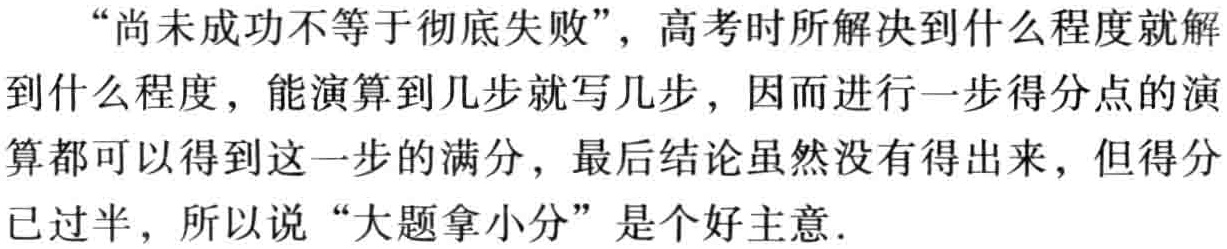
“尚未成功不等于彻底失败”，高考时所解决到什么程度就解到什么程度，能演算到几步就写几步，因而进行一步得分点的演算都可以得到这一步的满分，最后结论虽然没有得出来，但得分已过半，所以说“大题拿小分”是个好主意.